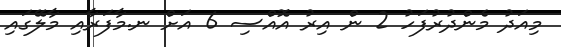
މިއަދު މެންދުރުފަހު 2 ން އިރު އޮއްސި 6 އަށް ނ.މާފަރާއި މާލޭގައި